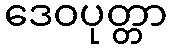
ဒေဝပုတ္တာ